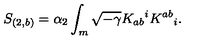
S _ { ( 2 , b ) } = \alpha _ { 2 } \int _ { m } \sqrt { - \gamma } K _ { a b } { } ^ { i } K ^ { a b } { } _ { i } .